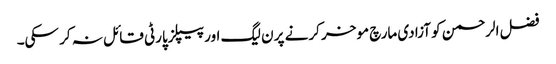
فضل الرحمن کو آزادی مارچ موخر کرنے پر ن لیگ اور پیپلزپارٹی قائل نہ کر سکی۔